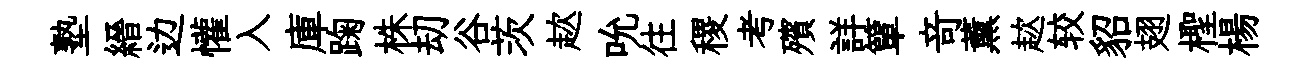
塾縉边懽入庫踘株刧谷茨趑吮往稷考殯詳簞竒薰趑较貂翅檉楊